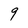
Character: 9